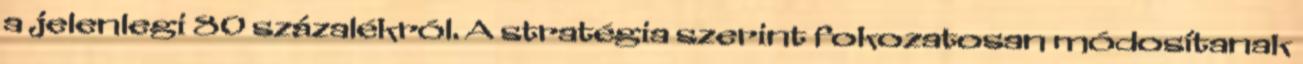
a jelenlegi 80 százalékról. A stratégia szerint fokozatosan módosítanak